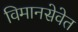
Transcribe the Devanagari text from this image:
विमानसेवेत